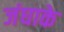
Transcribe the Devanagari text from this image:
जंघाके